Lunatic asylums United Prov. 1922-30 - 1922-1930
Year: 1922
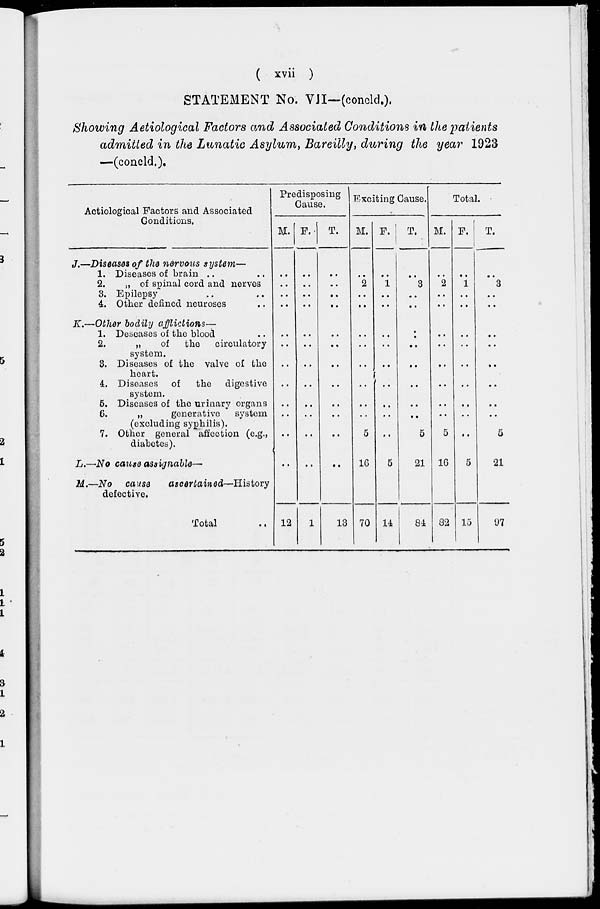
( xvii )
STATEMENT No. VII-(concld.).
Showing Aetiological Factors and Associated Conditions in the patients
admitted in the Lunatic Asylum, Bareilly, during the year 1923
—(concld.).
Aetiological Factors and Associated
Conditions.
J.—
K.—
L.—
M.—
Diseases of the nervous system—
1. Diseases of brain .. ..
2.
„ of spinal cord and nerves
3. Epilepsy .. ..
4. Other defined neuroses ..
Other bodily afflictions—
1. Deseases of the blood ..
2.
„
of the
circulatory
system.
3. Diseases of the valve of the
heart.
4. Diseases of the digestive
system.
5. Diseases of the urinary organs
6.
„
generative
system
(excluding syphilis).
7. Other general affection (e.g.,
diabetes).
No cause assignable—
No cause
ascertained—History
defective.
Total ..
Predisposing
Cause.
M.
..
..
..
..
..
..
..
..
..
..
..
..
..
12
F.
..
..
..
..
..
..
..
..
..
..
..
..
..
1
T.
..
..
..
..
..
..
..
..
..
..
..
..
..
13
Exciting Cause.
M.
..
2
..
..
..
..
..
..
..
..
..
5
16
70
F.
..
1
..
..
..
..
..
..
..
..
..
..
5
14
T.
..
3
..
..
..
..
..
..
..
..
..
5
21
84
Total.
M.
..
2
..
..
..
..
..
..
..
..
..
5
16
82
F.
..
1
..
..
..
..
..
..
..
..
..
..
5
15
T.
..
3
..
..
..
..
..
..
..
..
..
5
21
97